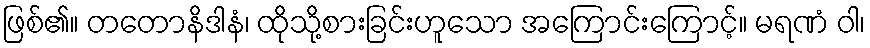
ဖြစ်၏။ တတောနိဒါနံ၊ ထိုသို့စားခြင်းဟူသော အကြောင်းကြောင့်။ မရဏံ ဝါ၊